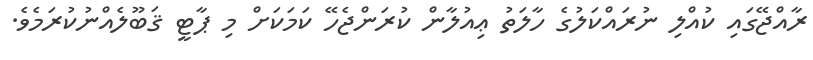
ރާއްޖޭގައި ކުއްލި ނުރައްކަލުގެ ހާލަތު ޢިއުލާން ކުރަންޖެހޭ ކަމަކަށް މި ޕާޓީ ޤަބޫލެއްނުކުރަމެވެ.